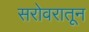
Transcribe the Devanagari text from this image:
सरोवरातून